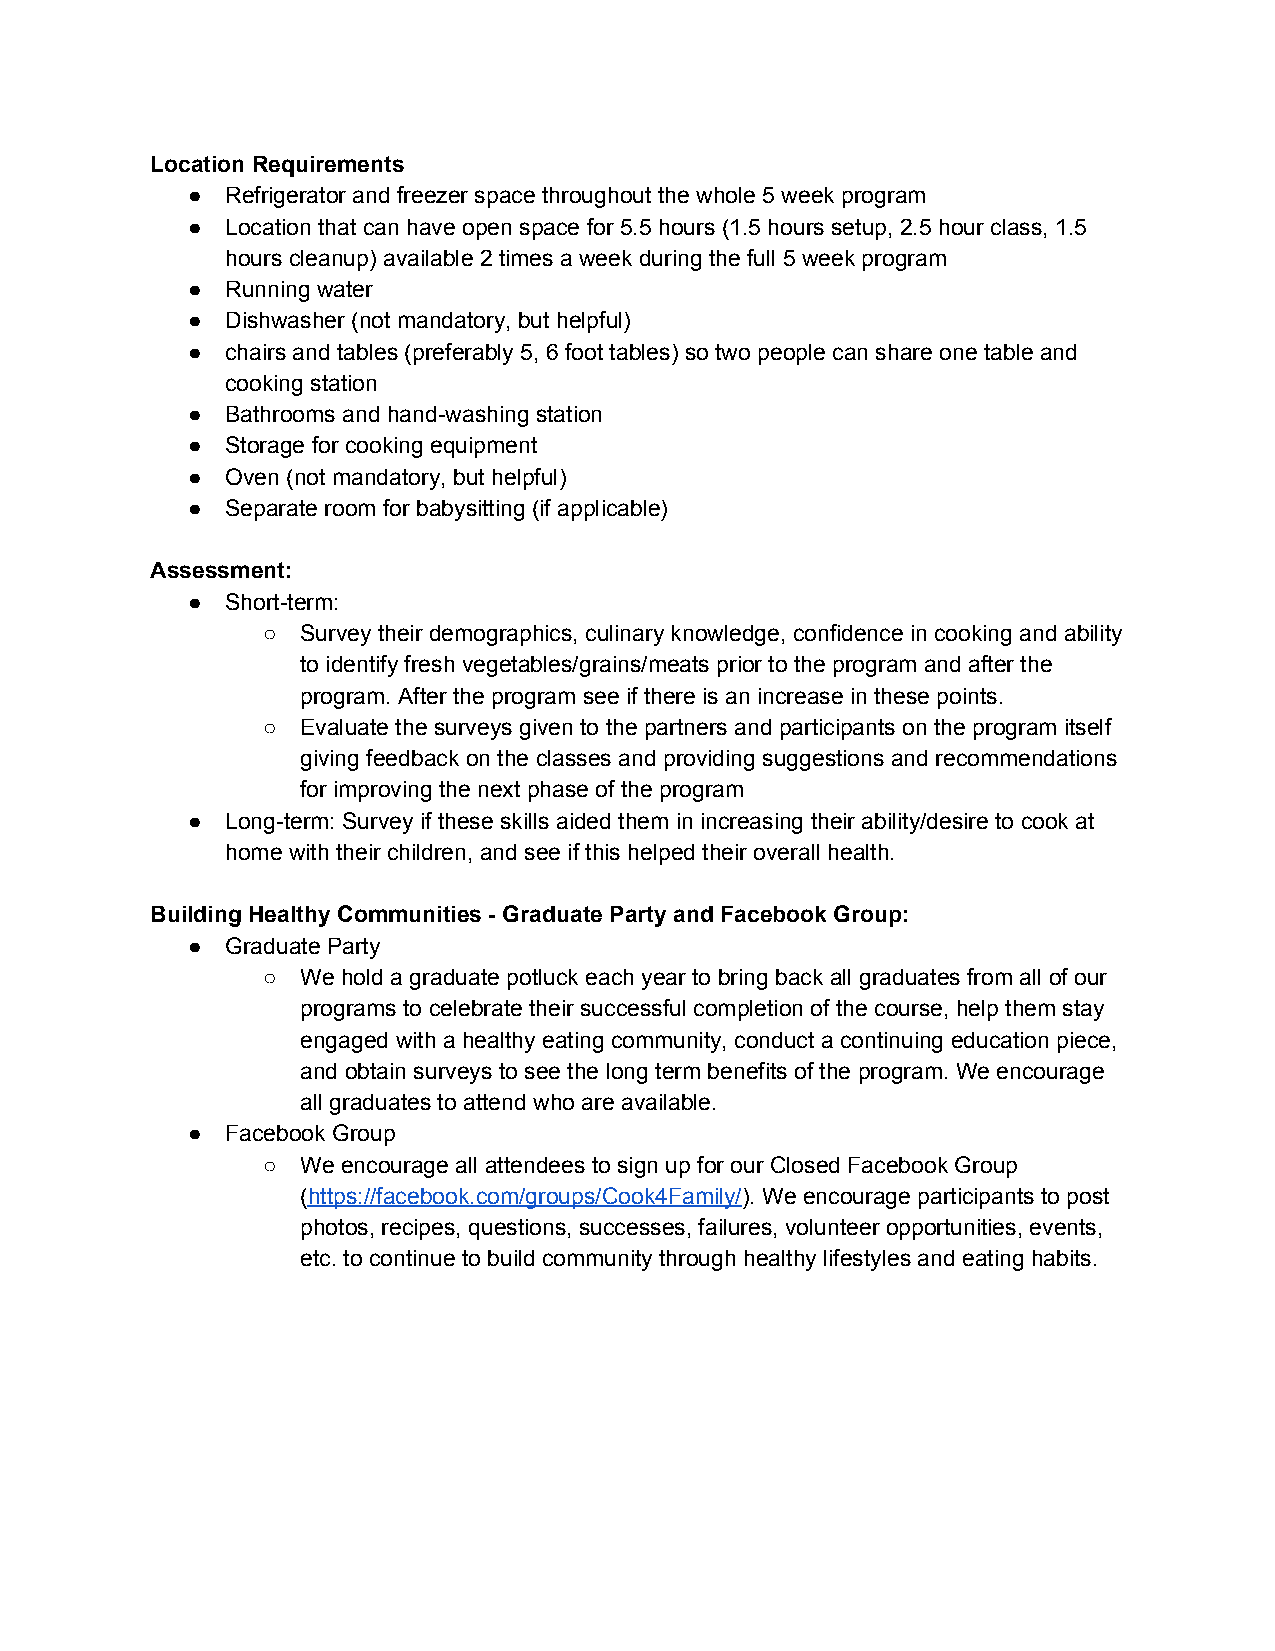
Location Requirements
 ●  Refrigerator and freezer space throughout the whole 5 week program
 ●  Location that can have open space for 5.5 hours (1.5 hours setup, 2.5 hour class, 1.5
 hours cleanup) available 2 times a week during the full 5 week program
 ●  Running water
 ●  Dishwasher (not mandatory, but helpful)
 ●  chairs and tables (preferably 5, 6 foot tables) so two people can share one table and
 cooking station
 ●  Bathrooms and hand-washing station
 ●  Storage for cooking equipment
 ●  Oven (not mandatory, but helpful)
 ●  Separate room for babysitting (if applicable)
 Assessment:
 ●  Short-term:
 ○  Survey their demographics, culinary knowledge, confidence in cooking and ability
 to identify fresh vegetables/grains/meats prior to the program and after the
 program. After the program see if there is an increase in these points.
 ○  Evaluate the surveys given to the partners and participants on the program itself
 giving feedback on the classes and providing suggestions and recommendations
 for improving the next phase of the program
 ●  Long-term: Survey if these skills aided them in increasing their ability/desire to cook at
 home with their children, and see if this helped their overall health.
 Building Healthy Communities - Graduate Party and Facebook Group:
 ●  Graduate Party
 ○  We hold a graduate potluck each year to bring back all graduates from all of our
 programs to celebrate their successful completion of the course, help them stay
 engaged with a healthy eating community, conduct a continuing education piece,
 and obtain surveys to see the long term benefits of the program. We encourage
 all graduates to attend who are available.
 ●  Facebook Group
 ○  We encourage all attendees to sign up for our Closed Facebook Group
 (https://facebook.com/groups/Cook4Family/). We encourage participants to post
 ​                            ​
 photos, recipes, questions, successes, failures, volunteer opportunities, events,
 etc. to continue to build community through healthy lifestyles and eating habits.